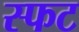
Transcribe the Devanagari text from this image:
स्फट